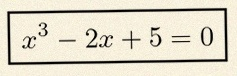
x^3-2x+5=0